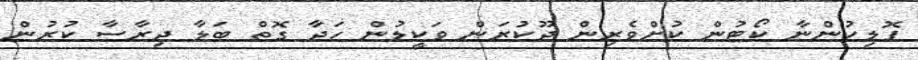
ޕޮލިހުންނާ ކޯޓުން ކުށްވެރިން ދޫކުރަން ވަކީލުން ހަދާ ގޮތް ބަލާ ދިރާސާ ކުރުން